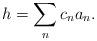
LaTeX: \begin{align*}h = \sum_{n} c_n a_n.\end{align*}